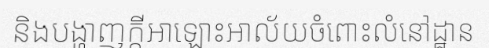
និងបង្ហាញក្តីអាឡោះអាល័យចំពោះលំនៅដ្ឋាន